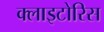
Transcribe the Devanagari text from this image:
क्लाइटोरिस